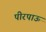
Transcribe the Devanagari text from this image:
पीरपाऊ